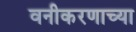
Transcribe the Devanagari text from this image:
वनीकरणाच्या